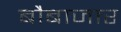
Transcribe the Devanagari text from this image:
बौबाजार